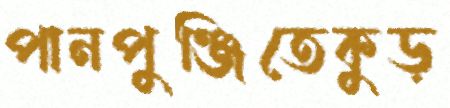
পানপুঞ্জিতেকুড়